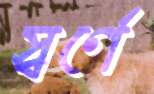
স্বর্ণে